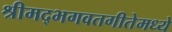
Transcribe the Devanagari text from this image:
श्रीमद्भगवतगीतेमध्ये